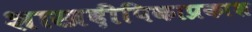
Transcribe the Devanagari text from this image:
शास्त्रदीपिकाप्रकाश